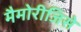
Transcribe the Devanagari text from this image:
मैमोरीजिसे